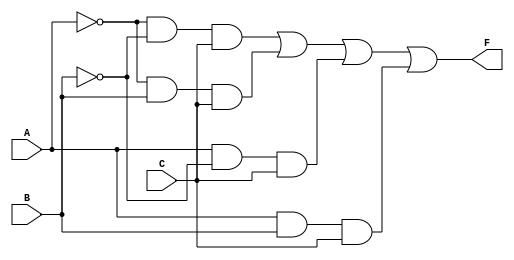
module three_variable_kmap (
    input wire A,     // Input variable A
    input wire B,     // Input variable B
    input wire C,     // Input variable C
    output wire F     // Output function F
);

// Intermediate signals for minterms
wire m0 = ~A & ~B & ~C; // Cell 0: A'B'C'
wire m1 = ~A & ~B &  C; // Cell 1: A'B'C
wire m2 = ~A &  B & ~C; // Cell 2: A'BC'
wire m3 = ~A &  B &  C; // Cell 3: A'BC
wire m4 =  A & ~B & ~C; // Cell 4: AB'C'
wire m5 =  A & ~B &  C; // Cell 5: AB'C
wire m6 =  A &  B & ~C; // Cell 6: ABC'
wire m7 =  A &  B &  C; // Cell 7: ABC

// Output function F based on K-map logic
assign F = m1 | m3 | m5 | m7; // F = A'B'C + A'BC + AB'C + ABC

endmodule